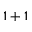
1 + 1